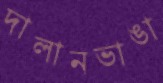
দালানভাঙা